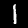
Label: 1